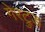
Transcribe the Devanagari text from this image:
गेरट्रुड